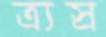
ত্র্যস্র